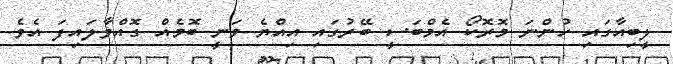
ލީބިއާގައި ހުންނަ މޮރޮކޯ އެމްބަސީ ބޭރުގައި އިއްޔެ ވަނީ ބޮމެއް ގޮއްވާލައިފަ އެވެ.